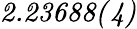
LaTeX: \mathit{2.23688(4)}